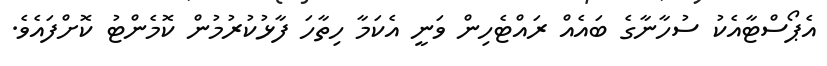
އެޕޯސްޓާއެކު ސުހާނާގެ ބައެއް ރައްޓެހިން ވަނީ އެކަމާ ހިތާހަ ފާޅުކުރުމުން ކޮމެންޓު ކޮށްފައެވެ.